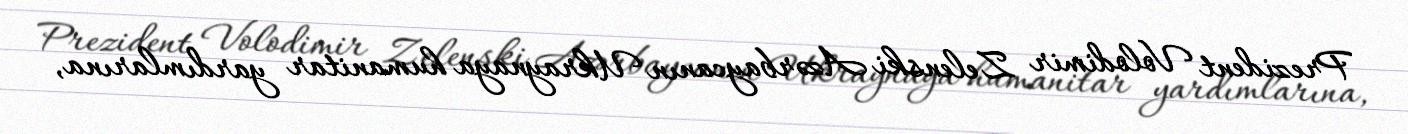
Prezident Volodimir Zelenski Azərbaycanın Ukraynaya humanitar yardımlarına,